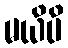
မယိပိ